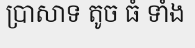
ប្រាសាទ តូច ធំ ទាំង